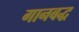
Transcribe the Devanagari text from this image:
गानबद्ध